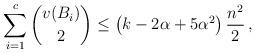
LaTeX: \begin{align*}\sum_{i=1}^c \binom{v(B_i)}{2} \leq \left(k-2\alpha+5\alpha^2\right)\frac{n^2}{2}\,,\end{align*}